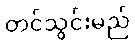
တင်သွင်းမည်